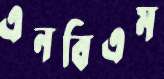
এনবিএম